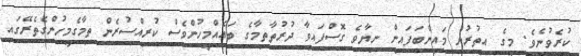
ކުރެވުނެވެ. މީގެ އިތުރުން މައިންބަފައިން ނިޔާވެ ގޮސްފައިވާ ދުރުތާތިމާގެ ބައެއްމީހުންވެސް ކުރިއްސުރެން ތިމާގެމީހުންގެތެރޭގައި